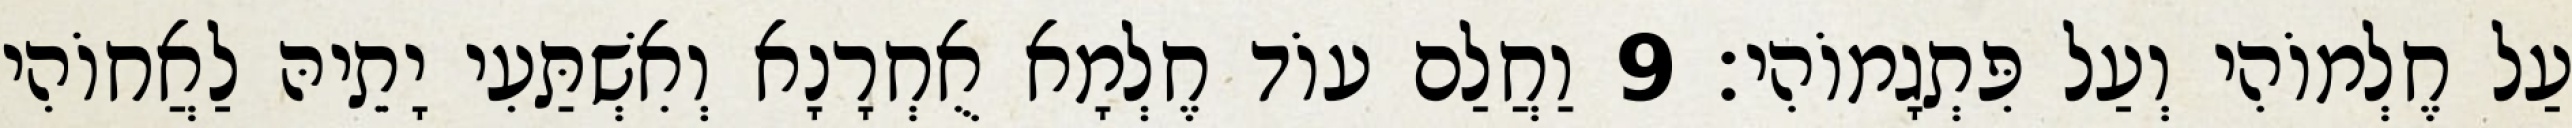
עַל חֶלְמוֹהִי וְעַל פִּתְגָמוֹהִי׃ 9 וַחֲלַם עוֹד חֶלְמָא אֻחְרָנָא וְאִשְׁתַּעִי יָתֵיהּ לַאֲחוֹהִי